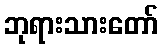
ဘုရားသားတော်